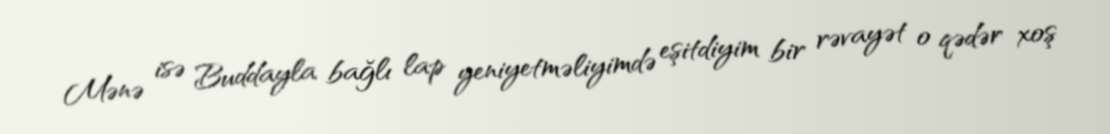
Mənə isə Buddayla bağlı lap yeniyetməliyimdə eşitdiyim bir rəvayət o qədər xoş